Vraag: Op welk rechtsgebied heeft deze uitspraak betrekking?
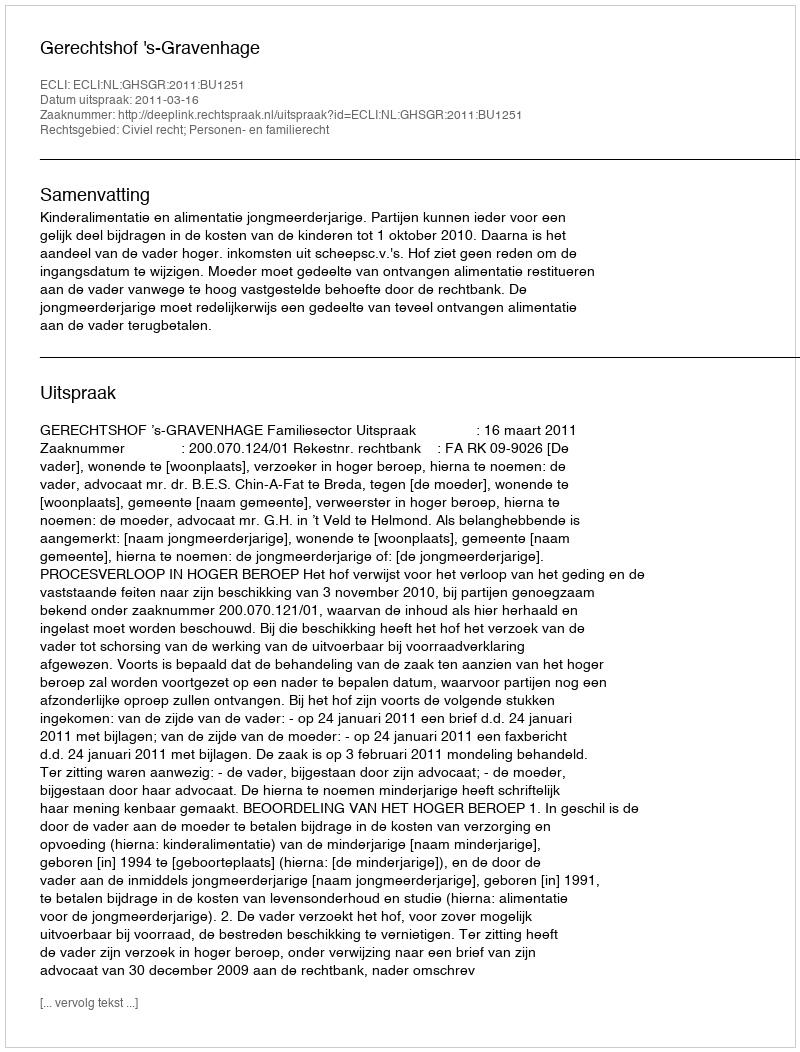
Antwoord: Civiel recht; Personen- en familierecht